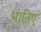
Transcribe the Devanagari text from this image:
भातिए